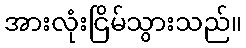
အားလုံးငြိမ်သွားသည်။